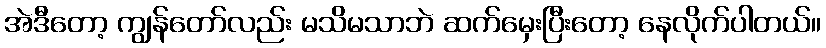
အဲဒီတော့ ကျွန်တော်လည်း မသိမသာဘဲ ဆက်မှေးပြီးတော့ နေလိုက်ပါတယ်။